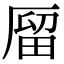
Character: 𠪐